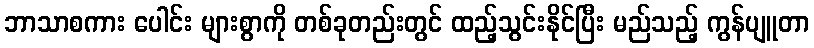
ဘာသာစကား ပေါင်း များစွာကို တစ်ခုတည်းတွင် ထည့်သွင်းနိုင်ပြီး မည်သည့် ကွန်ပျူတာ